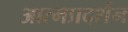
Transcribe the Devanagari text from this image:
आत्मप्रदर्शन